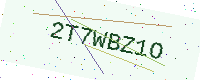
Text: 2T7WBZ1O